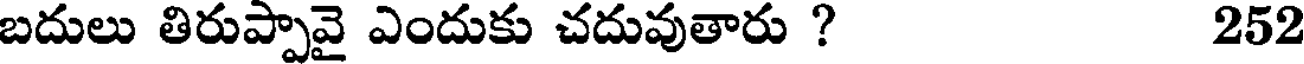
బదులు తిరుప్పావై ఎందుకు చదువుతారు ? 252